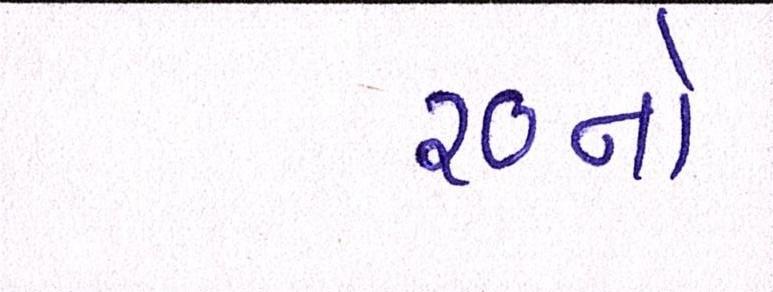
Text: ૨૦નો